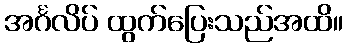
အင်္ဂလိပ် ထွက်ပြေးသည်အထိ။